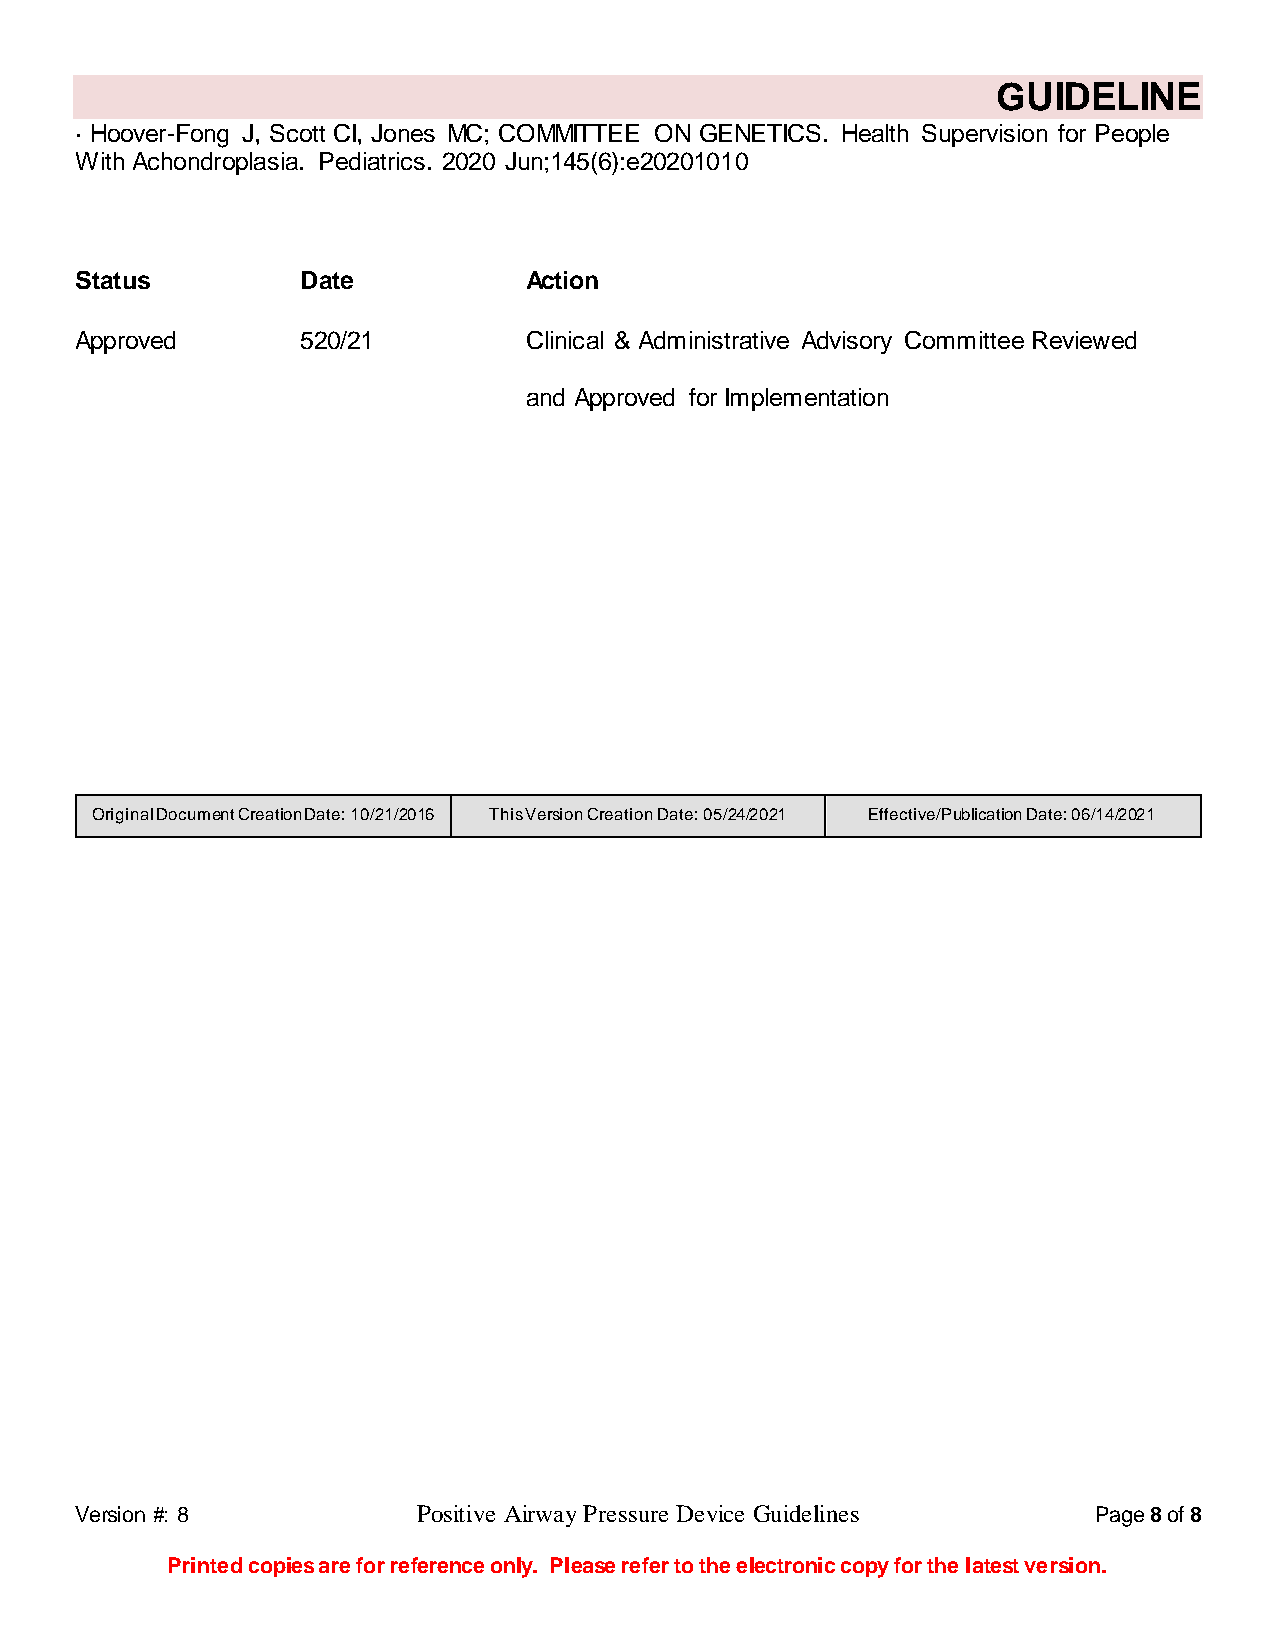
GUIDELINE
 · Hoover-Fong J, Scott CI, Jones MC; COMMITTEE ON GENETICS. Health Supervision for People
 With Achondroplasia. Pediatrics. 2020 Jun;145(6):e20201010
 Status         Date           Action
 Approved       520/21         Clinical & Administrative Advisory Committee Reviewed
 and Approved for Implementation
 Original Document Creation Date: 10/21/2016 This Version Creation Date: 05/24/2021 Effective/Publication Date: 06/14/2021
 Version #: 8           Positive Airway Pressure Device Guidelines  Page 8 of 8
 Printed copies are for reference only. Please refer to the electronic copy for the latest version.